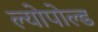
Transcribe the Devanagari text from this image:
ल्योपोल्ड